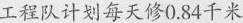
工程队计划每天修0.84千米